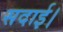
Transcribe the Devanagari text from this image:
सदाई।